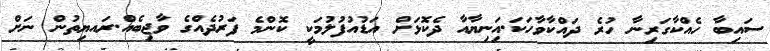
ސައިބާ ހެއްކާގަރިނާ ހުރެ ދައްކާވާހަކަ.އަިނިޔާއާ ދެކޮޅަށް އަޑުއުފުލުމަކީ ކޮންމެ ފަރުދެއްގެ ވާޖިބެއް.ރައޔިތުން ނަށް